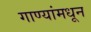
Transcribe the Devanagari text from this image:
गाण्यांमधून